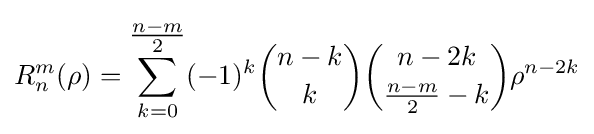
R_{n}^{m}(\rho )=\sum _{k=0}^{\tfrac {n-m}{2}}(-1)^{k}{\binom {n-k}{k}}{\binom {n-2k}{{\tfrac {n-m}{2}}-k}}\rho ^{n-2k}